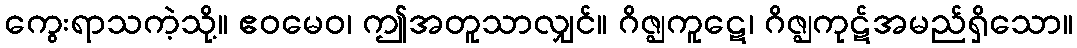
ကွေးရာသကဲ့သို့။ ဧဝမေဝ၊ ဤအတူသာလျှင်။ ဂိဇ္ဈကူဋေ၊ ဂိဇ္ဈကုဋ်အမည်ရှိသော။